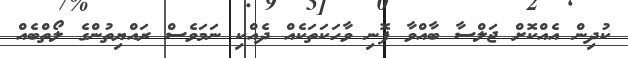
ކުދިން އެއްކޮށް ޖަލްސާ ބާއްވާ ފޮނި ވާހަކަތަކެއް ދެއްކި ނަމަވެސް ރައްޔިތުންގެ ލޯތްބެއް